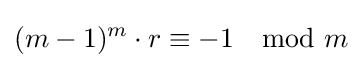
(m-1)^{m}\cdot r\equiv -1\mod m